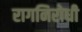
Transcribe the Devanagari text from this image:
रागनिरोधी